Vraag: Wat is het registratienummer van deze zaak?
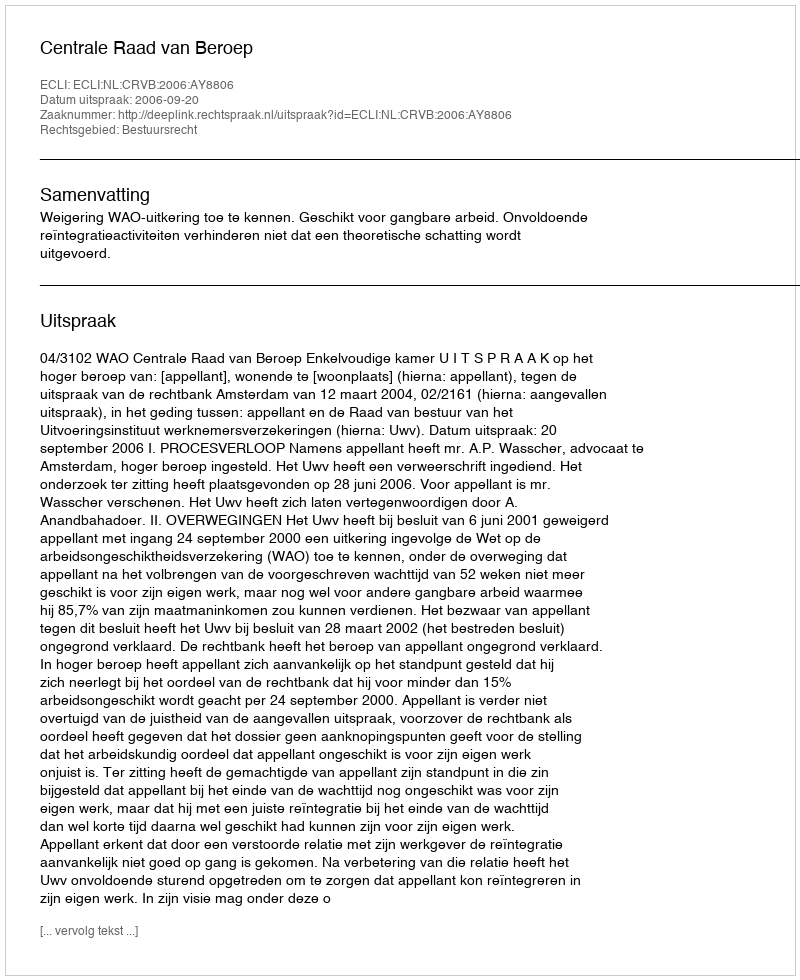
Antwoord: http://deeplink.rechtspraak.nl/uitspraak?id=ECLI:NL:CRVB:2006:AY8806